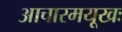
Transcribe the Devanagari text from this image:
आचारमयूखः